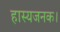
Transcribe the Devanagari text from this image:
हास्यजनक।